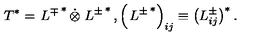
T ^ { * } = \left. L ^ { \mp } \right. ^ { * } \dot { \otimes } \left. L ^ { \pm } \right. ^ { * } , \left( \left. L ^ { \pm } \right. ^ { * } \right) _ { i j } \equiv \left( L _ { i j } ^ { \pm } \right) ^ { * } .